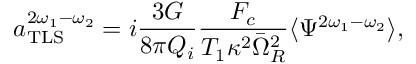
a _ { \mathrm { T L S } } ^ { 2 \omega _ { 1 } - \omega _ { 2 } } = i \frac { 3 G } { 8 \pi Q _ { i } } \frac { F _ { c } } { T _ { 1 } \kappa ^ { 2 } \bar { \Omega } _ { R } ^ { 2 } } \langle \Psi ^ { 2 \omega _ { 1 } - \omega _ { 2 } } \rangle ,